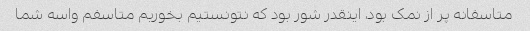
متاسفانه پر از نمک بود، اینقدر شور بود که نتونستیم بخوریم متاسفم واسه شما